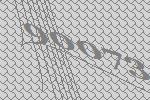
90073